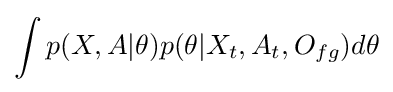
\int {p(X,A|\theta )p(\theta |X_{t},A_{t},O_{fg})}d\theta